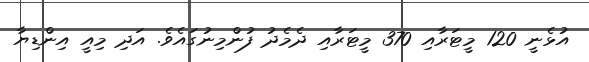
އުޅެނީ 120 މީޓަރާއި 370 މީޓަރާއި ދެމެދު ފުންމިނުގައެވެ. އަދި މިއީ އިންޑިޔާ